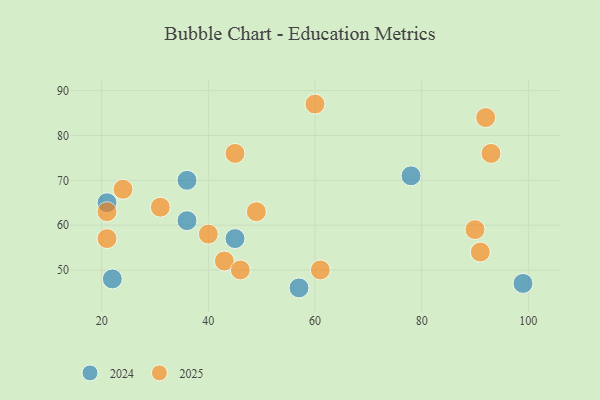
{"axis": {"x": "GDP", "y": "Life Expectancy"}, "legend": ["2024", "2025"], "data": [{"x": "40", "y": 58, "type": "2025"}, {"x": "93", "y": 76, "type": "2025"}, {"x": "21", "y": 63, "type": "2025"}, {"x": "90", "y": 59, "type": "2025"}, {"x": "45", "y": 76, "type": "2025"}, {"x": "60", "y": 87, "type": "2025"}, {"x": "91", "y": 54, "type": "2025"}, {"x": "92", "y": 84, "type": "2025"}, {"x": "49", "y": 63, "type": "2025"}, {"x": "21", "y": 57, "type": "2025"}, {"x": "43", "y": 52, "type": "2025"}, {"x": "31", "y": 64, "type": "2025"}, {"x": "46", "y": 50, "type": "2025"}, {"x": "24", "y": 68, "type": "2025"}, {"x": "61", "y": 50, "type": "2025"}, {"x": "36", "y": 70, "type": "2024"}, {"x": "45", "y": 57, "type": "2024"}, {"x": "78", "y": 71, "type": "2024"}, {"x": "36", "y": 61, "type": "2024"}, {"x": "22", "y": 48, "type": "2024"}, {"x": "57", "y": 46, "type": "2024"}, {"x": "21", "y": 65, "type": "2024"}, {"x": "99", "y": 47, "type": "2024"}]}